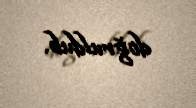
doğruldub.